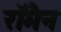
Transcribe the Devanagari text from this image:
रॉमैन